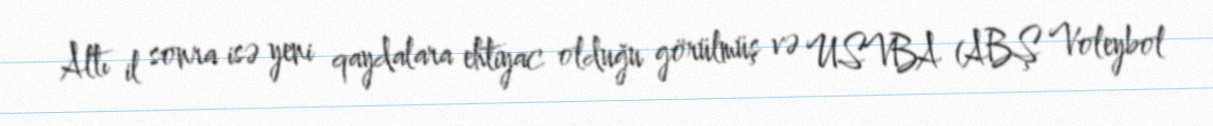
Altı il sonra isə yeni qaydalara ehtiyac olduğu görülmüş və USVBA (ABŞ Voleybol